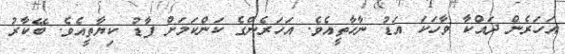
އަހަރެން ދައްކާ ވާހަކަ އަޑު ނާހާތީއެވެ. އަހަރެންގެ ކަންކަމަށް ފާޑު ކިޔާތީއެވެ. ބޭކާރު